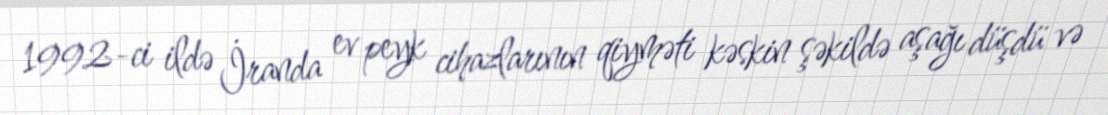
1992-ci ildə İranda ev peyk cihazlarının qiyməti kəskin şəkildə aşağı düşdü və